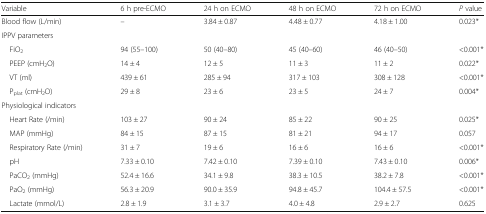
<table><thead><tr><td><b>Variable</b></td><td><b>6 h pre-ECMO</b></td><td><b>24 h on ECMO</b></td><td><b>48 h on ECMO</b></td><td><b>72 h on ECMO</b></td><td><b><i>P</i> value</b></td></tr></thead><tbody><tr><td>Blood flow (L/min)</td><td>–</td><td>3.84 ± 0.87</td><td>4.48 ± 0.77</td><td>4.18 ± 1.00</td><td>0.023*</td></tr><tr><td colspan="6">IPPV parameters</td></tr><tr><td> FiO<sub>2</sub></td><td>94 (55–100)</td><td>50 (40–80)</td><td>45 (40–60)</td><td>46 (40–50)</td><td>&lt;0.001*</td></tr><tr><td> PEEP (cmH<sub>2</sub>O)</td><td>14 ± 4</td><td>12 ± 5</td><td>11 ± 3</td><td>11 ± 2</td><td>0.022*</td></tr><tr><td> VT (ml)</td><td>439 ± 61</td><td>285 ± 94</td><td>317 ± 103</td><td>308 ± 128</td><td>&lt;0.001*</td></tr><tr><td> P<sub>plat</sub> (cmH<sub>2</sub>O)</td><td>29 ± 8</td><td>23 ± 6</td><td>23 ± 5</td><td>24 ± 7</td><td>0.004*</td></tr><tr><td colspan="6">Physiological indicators</td></tr><tr><td> Heart Rate (/min)</td><td>103 ± 27</td><td>90 ± 24</td><td>85 ± 22</td><td>90 ± 25</td><td>0.025*</td></tr><tr><td> MAP (mmHg)</td><td>84 ± 15</td><td>87 ± 15</td><td>81 ± 21</td><td>94 ± 17</td><td>0.057</td></tr><tr><td> Respiratory Rate (/min)</td><td>31 ± 7</td><td>19 ± 6</td><td>16 ± 6</td><td>16 ± 6</td><td>&lt;0.001*</td></tr><tr><td> pH</td><td>7.33 ± 0.10</td><td>7.42 ± 0.10</td><td>7.39 ± 0.10</td><td>7.43 ± 0.10</td><td>0.006*</td></tr><tr><td> PaCO<sub>2</sub> (mmHg)</td><td>52.4 ± 16.6</td><td>34.1 ± 9.8</td><td>38.3 ± 10.5</td><td>38.2 ± 7.8</td><td>&lt;0.001*</td></tr><tr><td> PaO<sub>2</sub> (mmHg)</td><td>56.3 ± 20.9</td><td>90.0 ± 35.9</td><td>94.8 ± 45.7</td><td>104.4 ± 57.5</td><td>&lt;0.001*</td></tr><tr><td> Lactate (mmol/L)</td><td>2.8 ± 1.9</td><td>3.1 ± 3.7</td><td>4.0 ± 4.8</td><td>2.9 ± 2.7</td><td>0.625</td></tr></tbody></table>